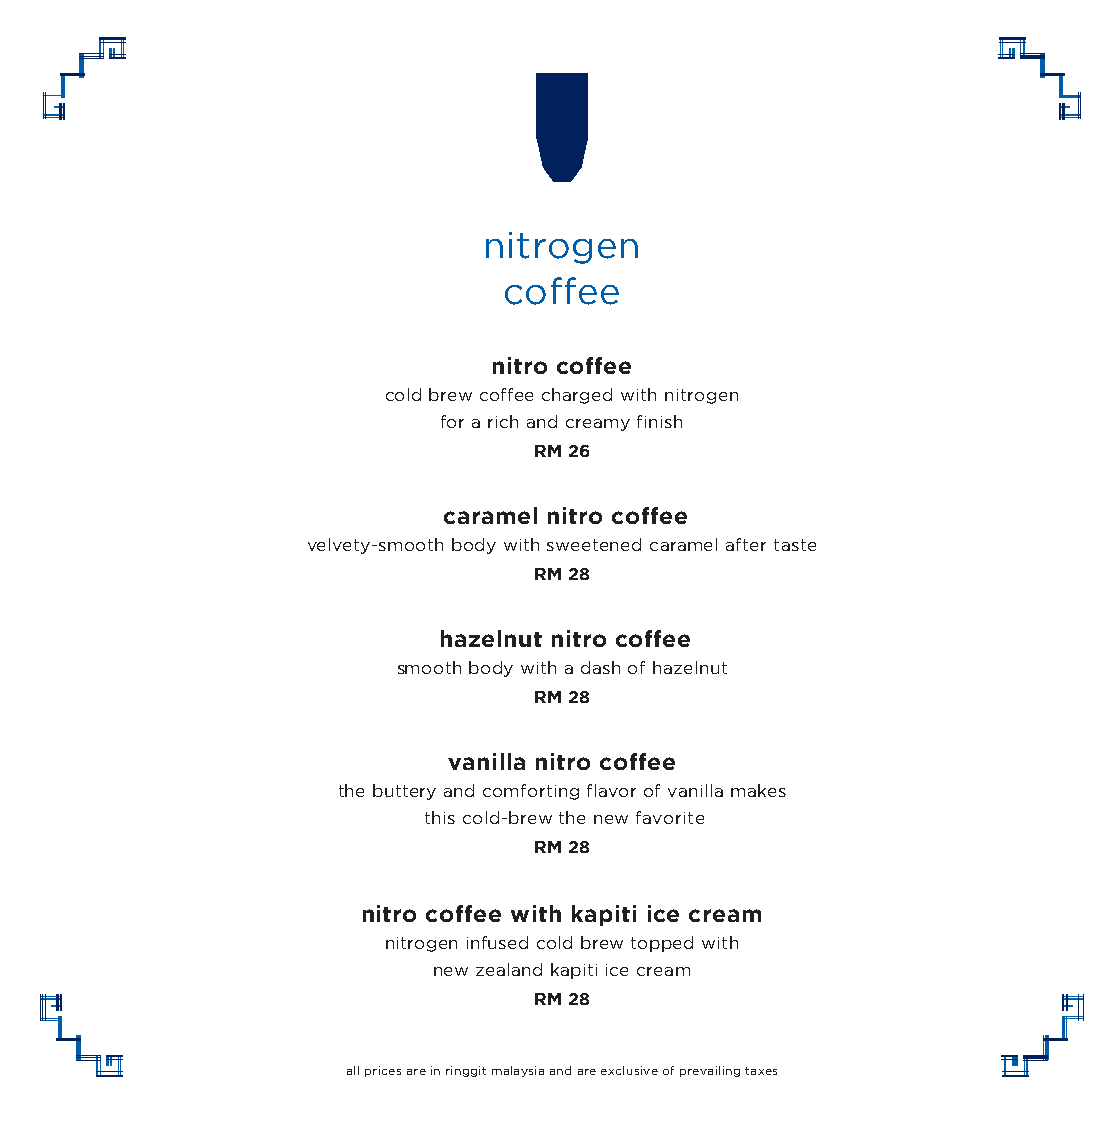
nitrogen
 coffee
 nitro coffee
 cold brew coffee charged with nitrogen
 for a rich and creamy finish
 RM 26
 caramel nitro coffee
 velvety-smooth body with sweetened caramel after taste
 RM 28
 hazelnut nitro coffee
 smooth body with a dash of hazelnut
 RM 28
 vanilla nitro coffee
 the buttery and comforting flavor of vanilla makes
 this cold-brew the new favorite
 RM 28
 nitro coffee with kapiti ice cream
 nitrogen infused cold brew topped with
 new zealand kapiti ice cream
 RM 28
 all prices are in ringgit malaysia and are exclusive of prevailing taxes